Report of the Municipal Commissioner on the plague in Bombay for the year ending 31st May... - Volume 3
Disease focus: Plague
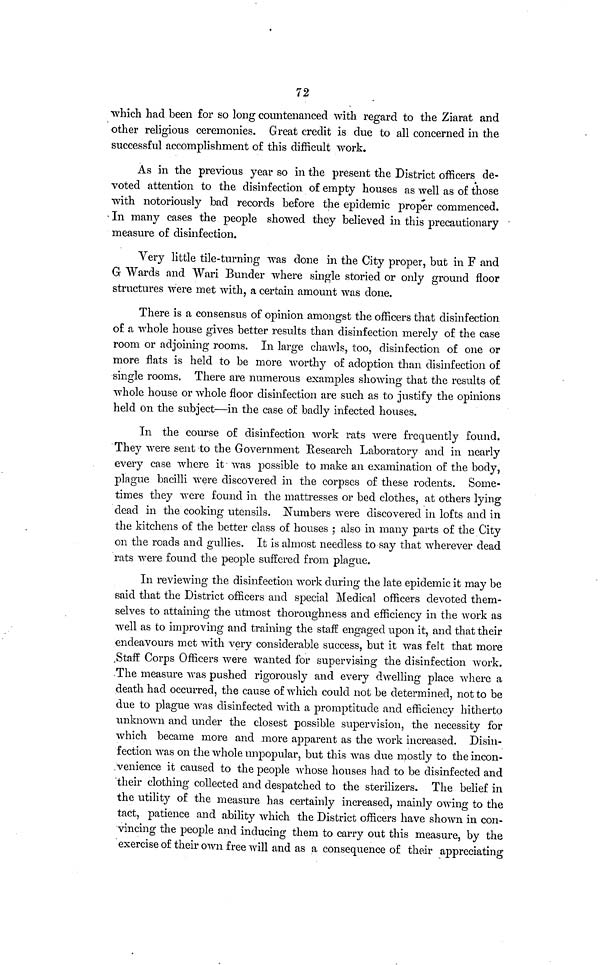
72
which had been for so long countenanced with regard to the Ziarat and
other religious ceremonies. Great credit is due to all concerned in the
successful accomplishment of this difficult work.
As in the previous year so in the present the District officers de-
voted attention to the disinfection of empty houses as well as of those
with notoriously bad records before the epidemic proper commenced.
In many cases the people showed they believed in this precautionary
measure of disinfection.
Very little tile-turning was done in the City proper, but in F and
G Wards and Wari Bunder where single storied or only ground floor
structures were met with, a certain amount was done.
There is a consensus of opinion amongst the officers that disinfection
of a whole house gives better results than disinfection merely of the case
room or adjoining rooms. In large chawls, too, disinfection of one or
more flats is held to be more worthy of adoption than disinfection of
single rooms. There are numerous examples showing that the results of
whole house or whole floor disinfection are such as to justify the opinions
held on the subject—in the case of badly infected houses.
In the course of disinfection work rats were frequently found.
They were sent to the Government Research Laboratory and in nearly
every case where it was possible to make an examination of the body,
plague bacilli were discovered in the corpses of these rodents. Some-
times they were found in the mattresses or bed clothes, at others lying
dead in the cooking utensils. Numbers were discovered in lofts and in
the kitchens of the better class of houses ; also in many parts of the City
on the roads and gullies. It is almost needless to say that wherever dead
rats were found the people suffered from plague.
In reviewing the disinfection work during the late epidemic it may be
said that the District officers and special Medical officers devoted them-
selves to attaining the utmost thoroughness and efficiency in the work as
well as to improving and training the staff engaged upon it, and that their
endeavours met with very considerable success, but it was felt that more
Staff Corps Officers were wanted for supervising the disinfection work.
The measure was pushed rigorously and every dwelling place where a
death had occurred, the cause of which could not be determined, not to be
due to plague was disinfected with a promptitude and efficiency hitherto
unknown and under the closest possible supervision, the necessity for
which became more and more apparent as the work increased. Disin-
fection was on the whole unpopular, but this was due mostly to the incon-
venience it caused to the people whose houses had to be disinfected and
their clothing collected and despatched to the sterilizers. The belief in
the utility of the measure has certainly increased, mainly owing to the
tact, patience and ability which the District officers have shown in con-
vincing the people and inducing them to carry out this measure, by the
exercise of their own free will and as a consequence of their appreciating